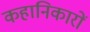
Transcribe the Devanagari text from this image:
कहानिकारों